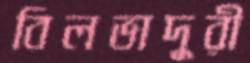
বিলভাদুরী